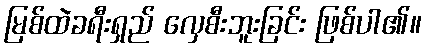
မြစ်ထဲခရီးရှည် လှေစီးဘူးခြင်း ဖြစ်ပါ၏။